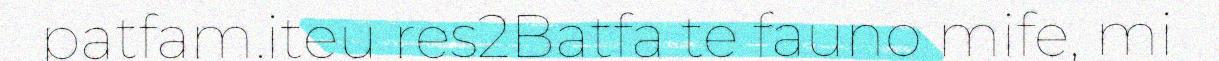
patfam.iteu res2Batfa te fauno mife, mi